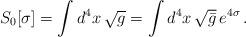
LaTeX: \begin{align*}S_0 [\sigma] = \int d^4 x\,\sqrt{g} = \int d^4 x\, \sqrt{\bar g}\,e^{4\sigma}\,.\end{align*}